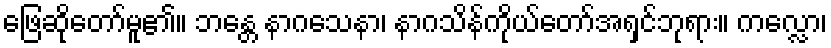
ဖြေဆိုတော်မူ၏။ ဘန္တေ နာဂသေနာ၊ နာဂသိန်ကိုယ်တော်အရှင်ဘုရား။ ကလ္လော၊